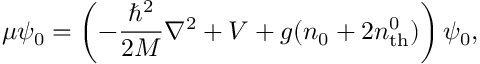
\mu \psi _ { 0 } = \left( - \frac { \hbar ^ { 2 } } { 2 M } \nabla ^ { 2 } + V + g ( n _ { 0 } + 2 n _ { \mathrm { t h } } ^ { 0 } ) \right) \psi _ { 0 } ,